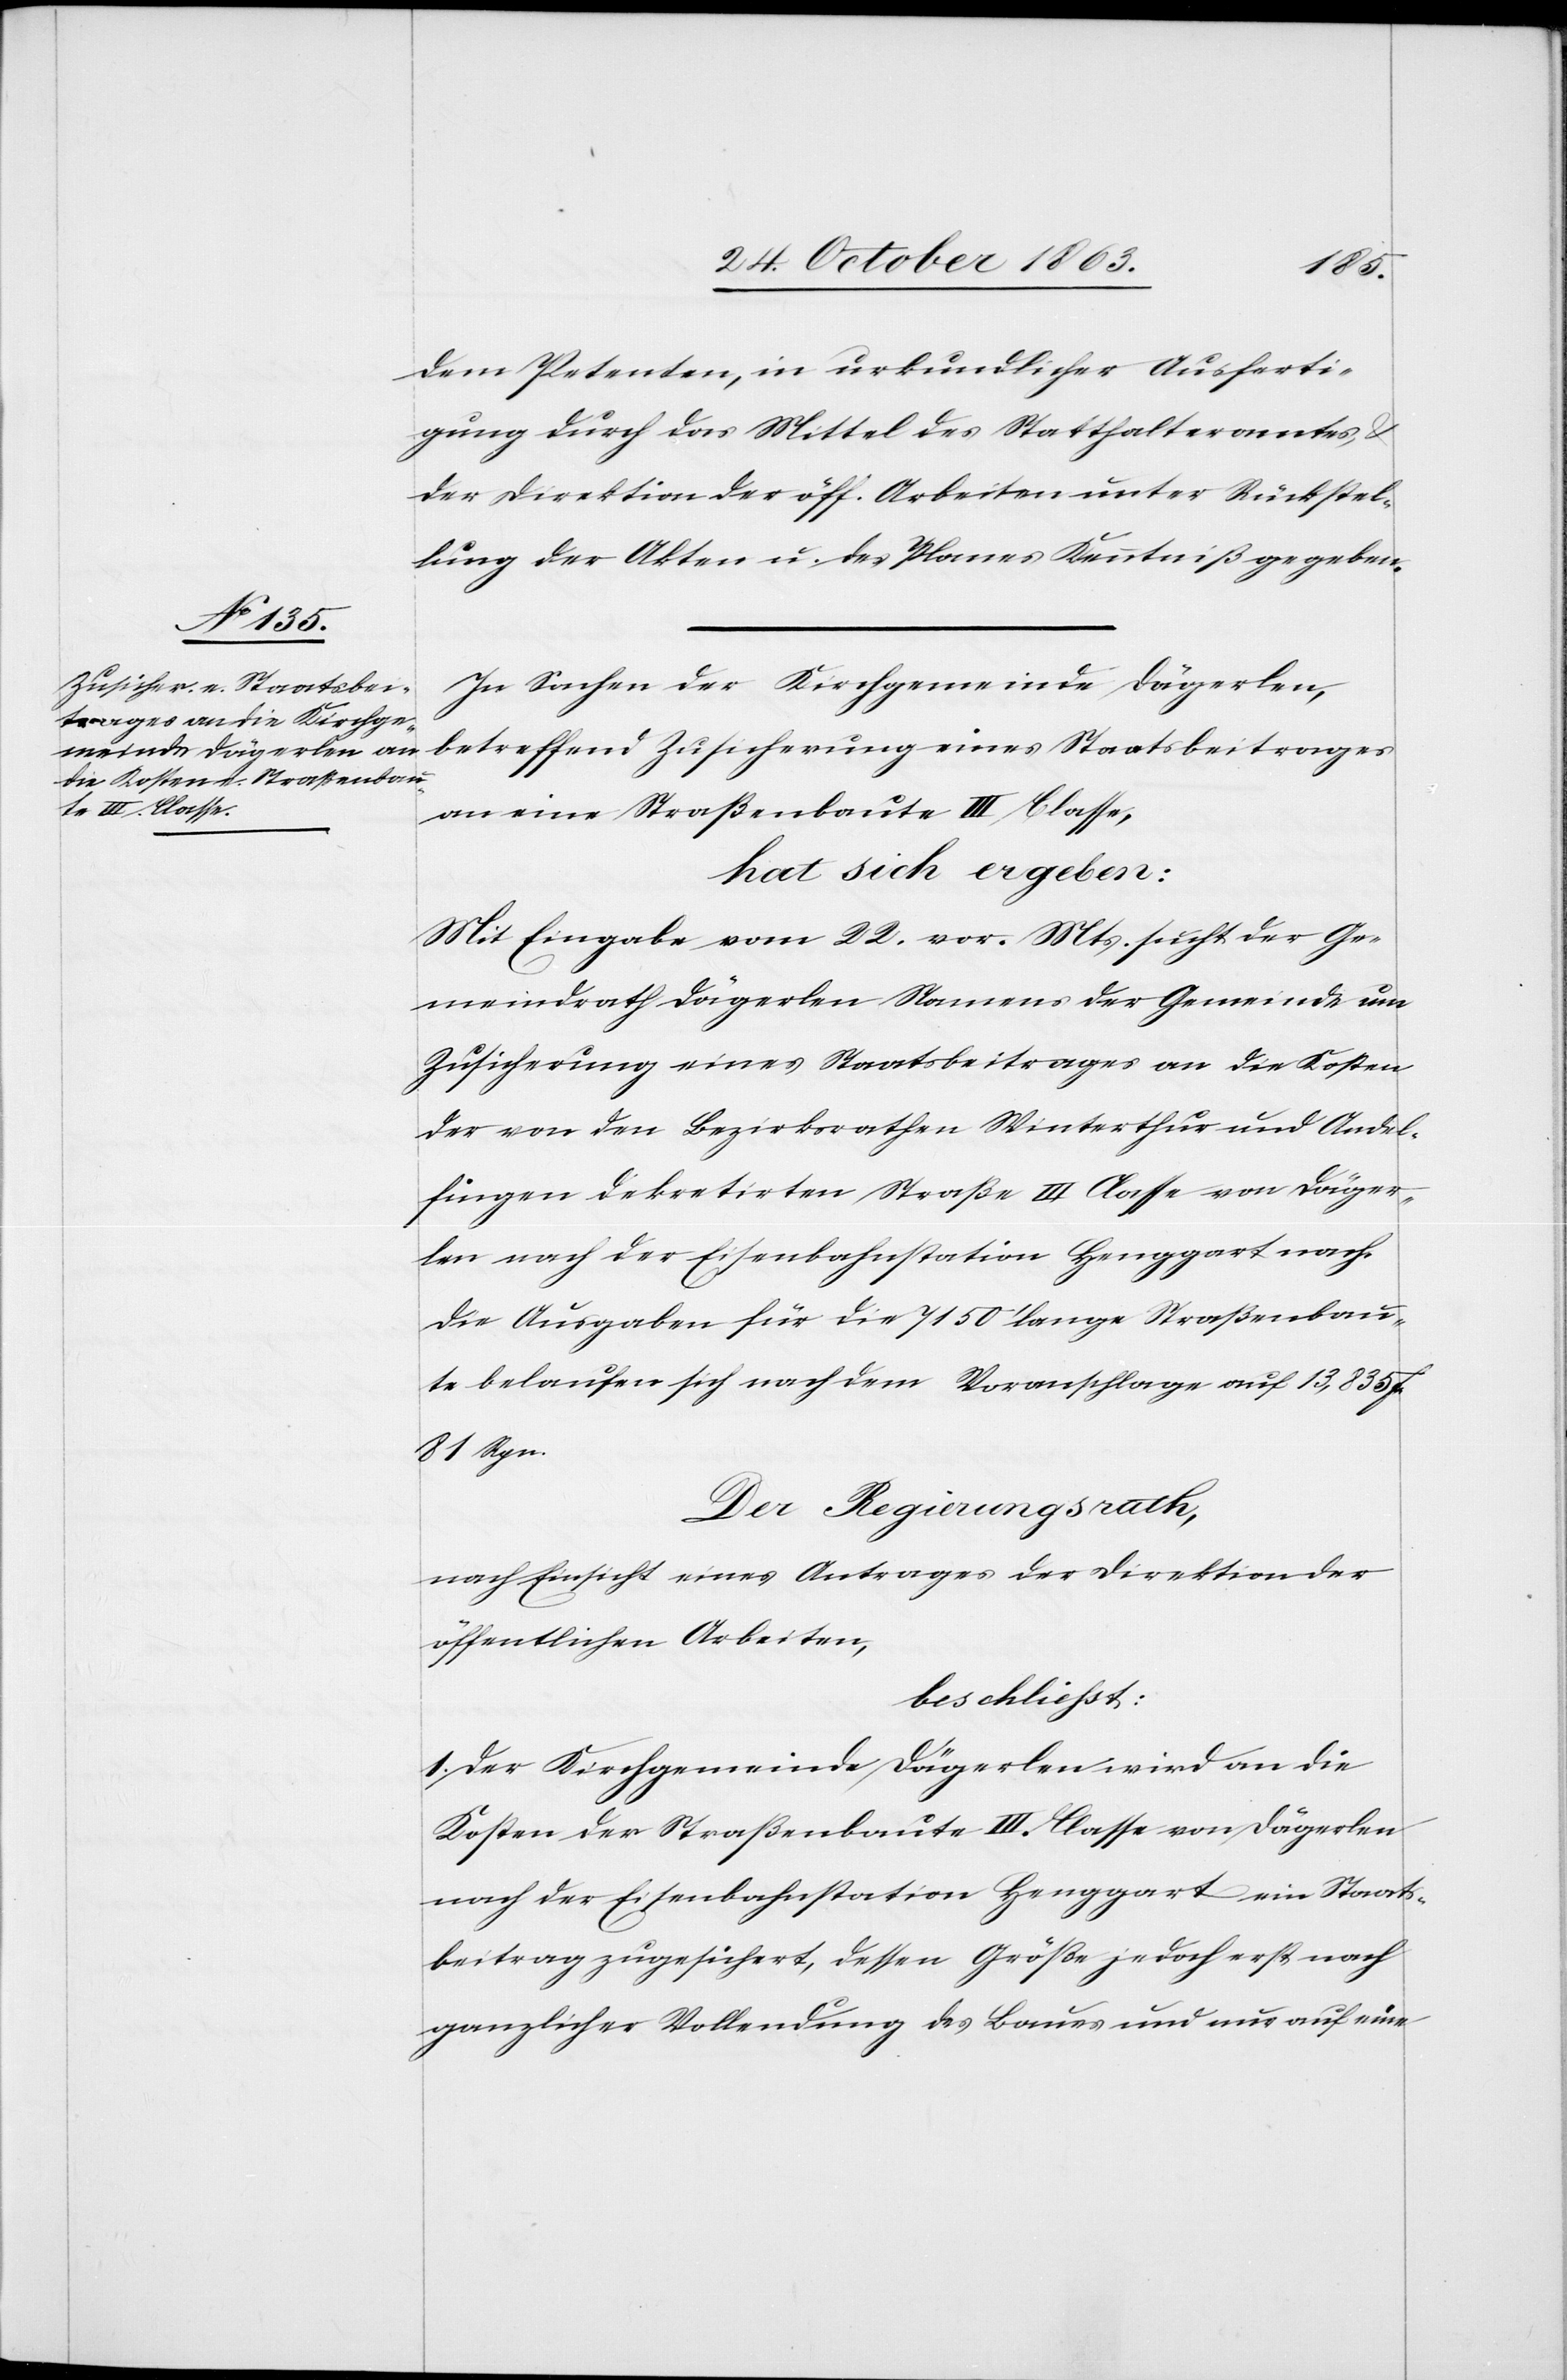
dem Petenten, in urkundlicher Ausferti¬
gung durch das Mittel des Statthalteramtes, &
der Direktion der öff. Arbeiten unter Rückstel¬
lung der Akten u. des Planes Kenntniß gegeben.
In Sachen der Kirchgemeinde Dägerlen,
betreffend Zusicherung eines Staatsbeitrages
an eine Straßenbaute III Classe,
hat sich ergeben:
Mit Eingabe vom 22. vor. Mts. sucht der Ge¬
meindrath Dägerlen Namens der Gemeinde um
Zusicherung eines Staatsbeitrages an die Kosten
der von den Bezirksrathen [sic!] Winterthur und Andel¬
fingen dekretirten Straße III Classe von Däger¬
len nach der Eisenbahnstation Henggart nach.
Die Ausgaben für die 7150' lange Straßenbau¬
te belaufen sich nach dem Voranschlage auf 13,835 f.
81 Rpn.
Der Regierungsrath,
nach Einsicht eines Antrages der Direktion der
öffentlichen Arbeiten,
beschliesst:
1. Der Kirchgemeinde Dägerlen wird an die
Kosten der Straßenbaute III. Classe von Dägerlen
nach der Eisenbahnstation Henggart ein Staats¬
beitrag zugesichert, dessen Größe jedoch erst nach
ganzlicher [sic!] Vollendung des Baues und nur auf eine